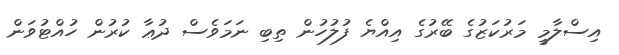
އިސްލާމީ މަރުކަޒުގެ ބޭރުގެ އިއްޔެ ފުލުހުން ތިބި ނަމަވެސް ދުޢާ ކުރުން ހުއްޓުވަން